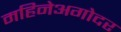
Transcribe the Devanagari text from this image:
महिनेअगोदर